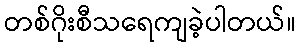
တစ်ဂိုးစီသရေကျခဲ့ပါတယ်။